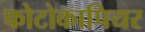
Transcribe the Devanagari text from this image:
फोटोकापियर